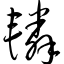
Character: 辚